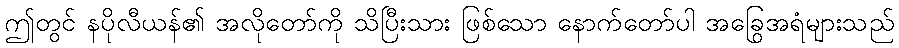
ဤတွင် နပိုလီယန်၏ အလိုတော်ကို သိပြီးသား ဖြစ်သော နောက်တော်ပါ အခြွေအရံများသည်